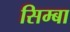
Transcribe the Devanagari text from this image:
सिम्बा